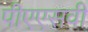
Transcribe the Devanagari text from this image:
पीएएसवी